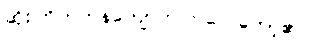
ဆိုးကြိတ်ကန်ကျောက်ကြလေတော့၏။